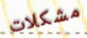
مشكلات